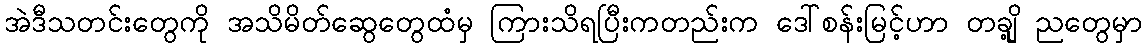
အဲဒီသတင်းတွေကို အသိမိတ်ဆွေတွေထံမှ ကြားသိရပြီးကတည်းက ဒေါ်စန်းမြင့်ဟာ တချို့ ညတွေမှာ